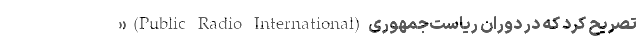
» (Public Radio International) تصریح کرد که در دوران ریاست‌جمهوری